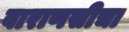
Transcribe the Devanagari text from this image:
वाराणसीचा